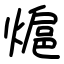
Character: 熩